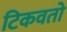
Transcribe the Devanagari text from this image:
टिकवतो